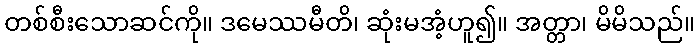
တစ်စီးသောဆင်ကို။ ဒမေဿမီတိ၊ ဆုံးမအံ့ဟူ၍။ အတ္တာ၊ မိမိသည်။